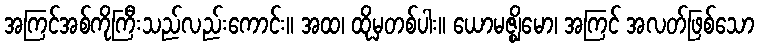
အကြင်အစ်ကိုကြီးသည်လည်းကောင်း။ အထ၊ ထိုမှတစ်ပါး။ ယောမဇ္ဈိမော၊ အကြင် အလတ်ဖြစ်သော